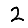
Digit: 2